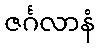
ဇင်္ဂလာနံ